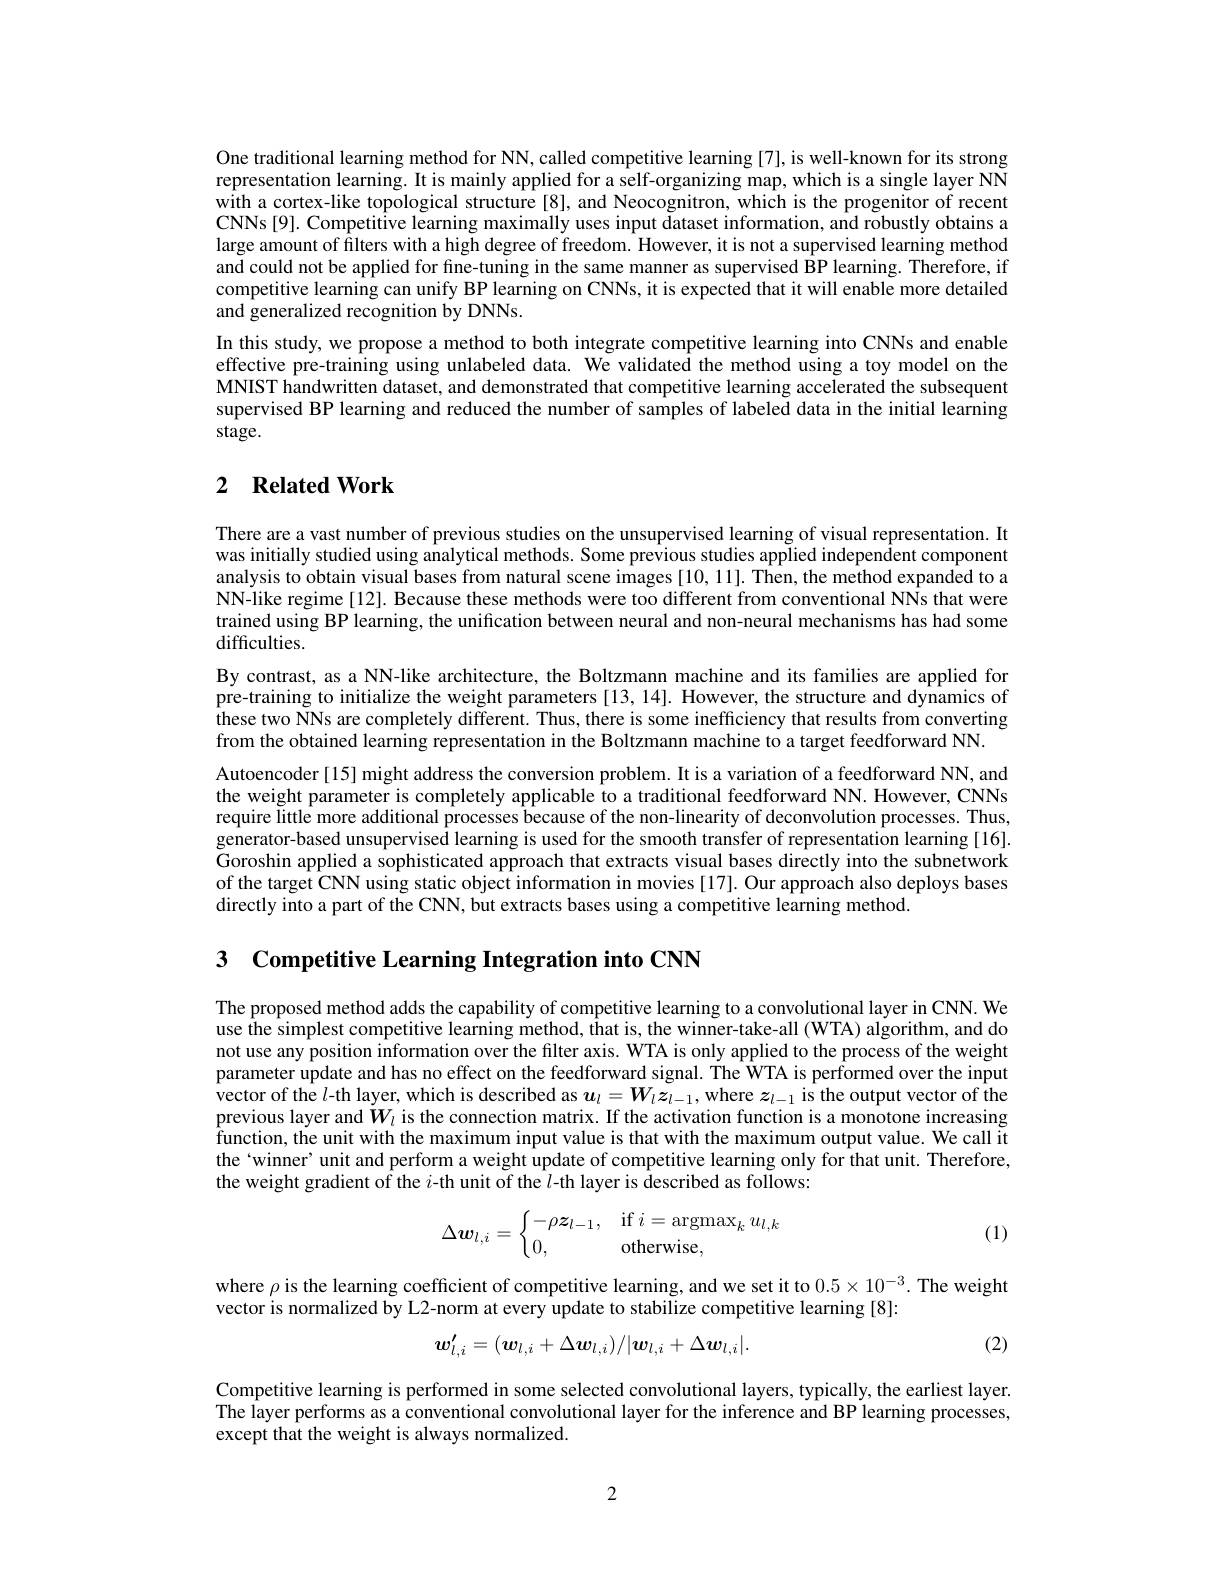
One traditional learning method for NN, called competitive learning [7], is well-known for its strong representation learning. It is mainly applied for a self-organizing map, which is a single layer NN $\hat{\text{with a cortex-like topological structure[8], and Neocognitron, which is the progenitor of recent}}$ CNNs[9]. Competitive learning maximally uses input dataset information, and robustly obtains a large amount of filters with a high degree of freedom. However, it is not a supervised learning method and could not be applied for fine-tuning in the same manner as supervised BP learning. Therefore, if competitive learning can unify BP learning on CNNs, it is expected that it will enable more detailed and generalized recognition by DNNs.
In this study, we propose a method to both integrate competitive learning into CNNs and enable effective pre-training using unlabeled data. We validated the method using a toy model on the MNIST handwritten dataset, and demonstrated that competitive learning accelerated the subsequent supervised BP learning and reduced the number of samples of labeled data in the initial learning stage.

## 2 $\textbf{Related Work}$

There are a vast number of previous studies on the unsupervised learning of visual representation. It was initially studied using analytical methods. Some previous studies applied independent component analysis to obtain visual bases from natural scene images [10, 11]. Then, the method expanded to a NN-like regime[12]. Because these methods were too different from conventional NNs that were trained using BP learning, the unification between neural and non-neural mechanisms has had some difficulties.
By contrast, as a NN-like architecture, the Boltzmann machine and its families are applied for pre-training to initialize the weight parameters [13,14]. However, the structure and dynamics of these two NNs are completely different. Thus, there is some inefficiency that results from converting from the obtained learning representation in the Boltzmann machine to a target feedforward NN.
Autoencoder [15] might address the conversion problem. It is a variation of a feedforward NN, and the weight parameter is completely applicable to a traditional feedforward NN. However, CNNs require little more additional processes because of the non-linearity of deconvolution processes. Thus, generator-based unsupervised learning is used for the smooth transfer of representation learning [16]. Goroshin applied a sophisticated approach that extracts visual bases directly into the subnetwork of the target CNN using static object information in movies [17]. Our approach also deploys bases directly into a part of the CNN, but extracts bases using a competitive learning method.

3 Competitive Learning Integration into CNN

The proposed method adds the capability of competitive learning to a convolutional layer in CNN. We use the simplest competitive learning method, that is, the winner-take-all (WTA) algorithm, and do not use any position information over the filter axis. WTA is only applied to the process of the weight parameter update and has no effect on the feedforward signal. The ÔWTA is performed over the input vector of the $l$-th layer, which is described as $u_l=W_lz_{l-1}$, where $z_l-1$ is the output vector of the previous layer and $\dot{W}_l$ is the connection matrix. If the activation function is a monotone increasing $\hat{\text{function, the unit with the maximum input value is that with the maximum output value. We call it}}$ the‘winner’unit and perform a weight update of competitive learning only for that unit. Therefore, the weight gradient of the $i$-th unit of the $l$-th layer is described as follows:
$$\Delta\boldsymbol{w}_{l,i}=\begin{cases}-\rho\boldsymbol{z}_{l-1},&\text{if}i=\operatorname{argmax}_ku_{l,k}\\0,&\text{otherwise},\end{cases}$$
(1)

where $\rho$ is the learning coefficient of competitive learning, and we set it to $0.5\times10^{-3}.$ The weight
vector is normalized by L2-norm at every update to stabilize competitive learning [8]:

(2)
$$\boldsymbol{w}_{l,i}'=(\boldsymbol{w}_{l,i}+\Delta\boldsymbol{w}_{l,i})/|\boldsymbol{w}_{l,i}+\Delta\boldsymbol{w}_{l,i}|.$$
Competitive learning is performed in some selected convolutional layers, typically, the earliest layer. The layer performs as a conventional convolutional layer for the inference and BP learning processes, except that the weight is always normalized.

2